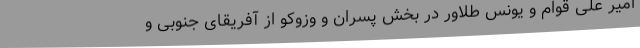
امیر علی قوام و یونس طلاور در بخش پسران و وزوکو از آفریقای جنوبی و